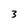
Character: 3